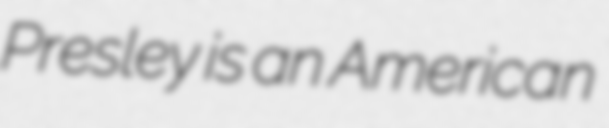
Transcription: Presley is an American